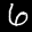
Label: 6